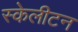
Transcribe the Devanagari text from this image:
स्केलीटन